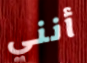
أنني